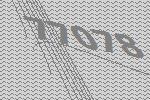
77078